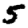
Digit: 5